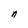
Character: n